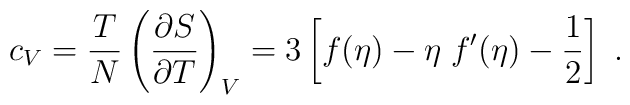
c_V = {T \over N}  \left({ \partial S \over  \partial T}\right)_V= 3 \left[  f(\eta)-\eta \; f'(\eta) -\frac12 \right]\; .